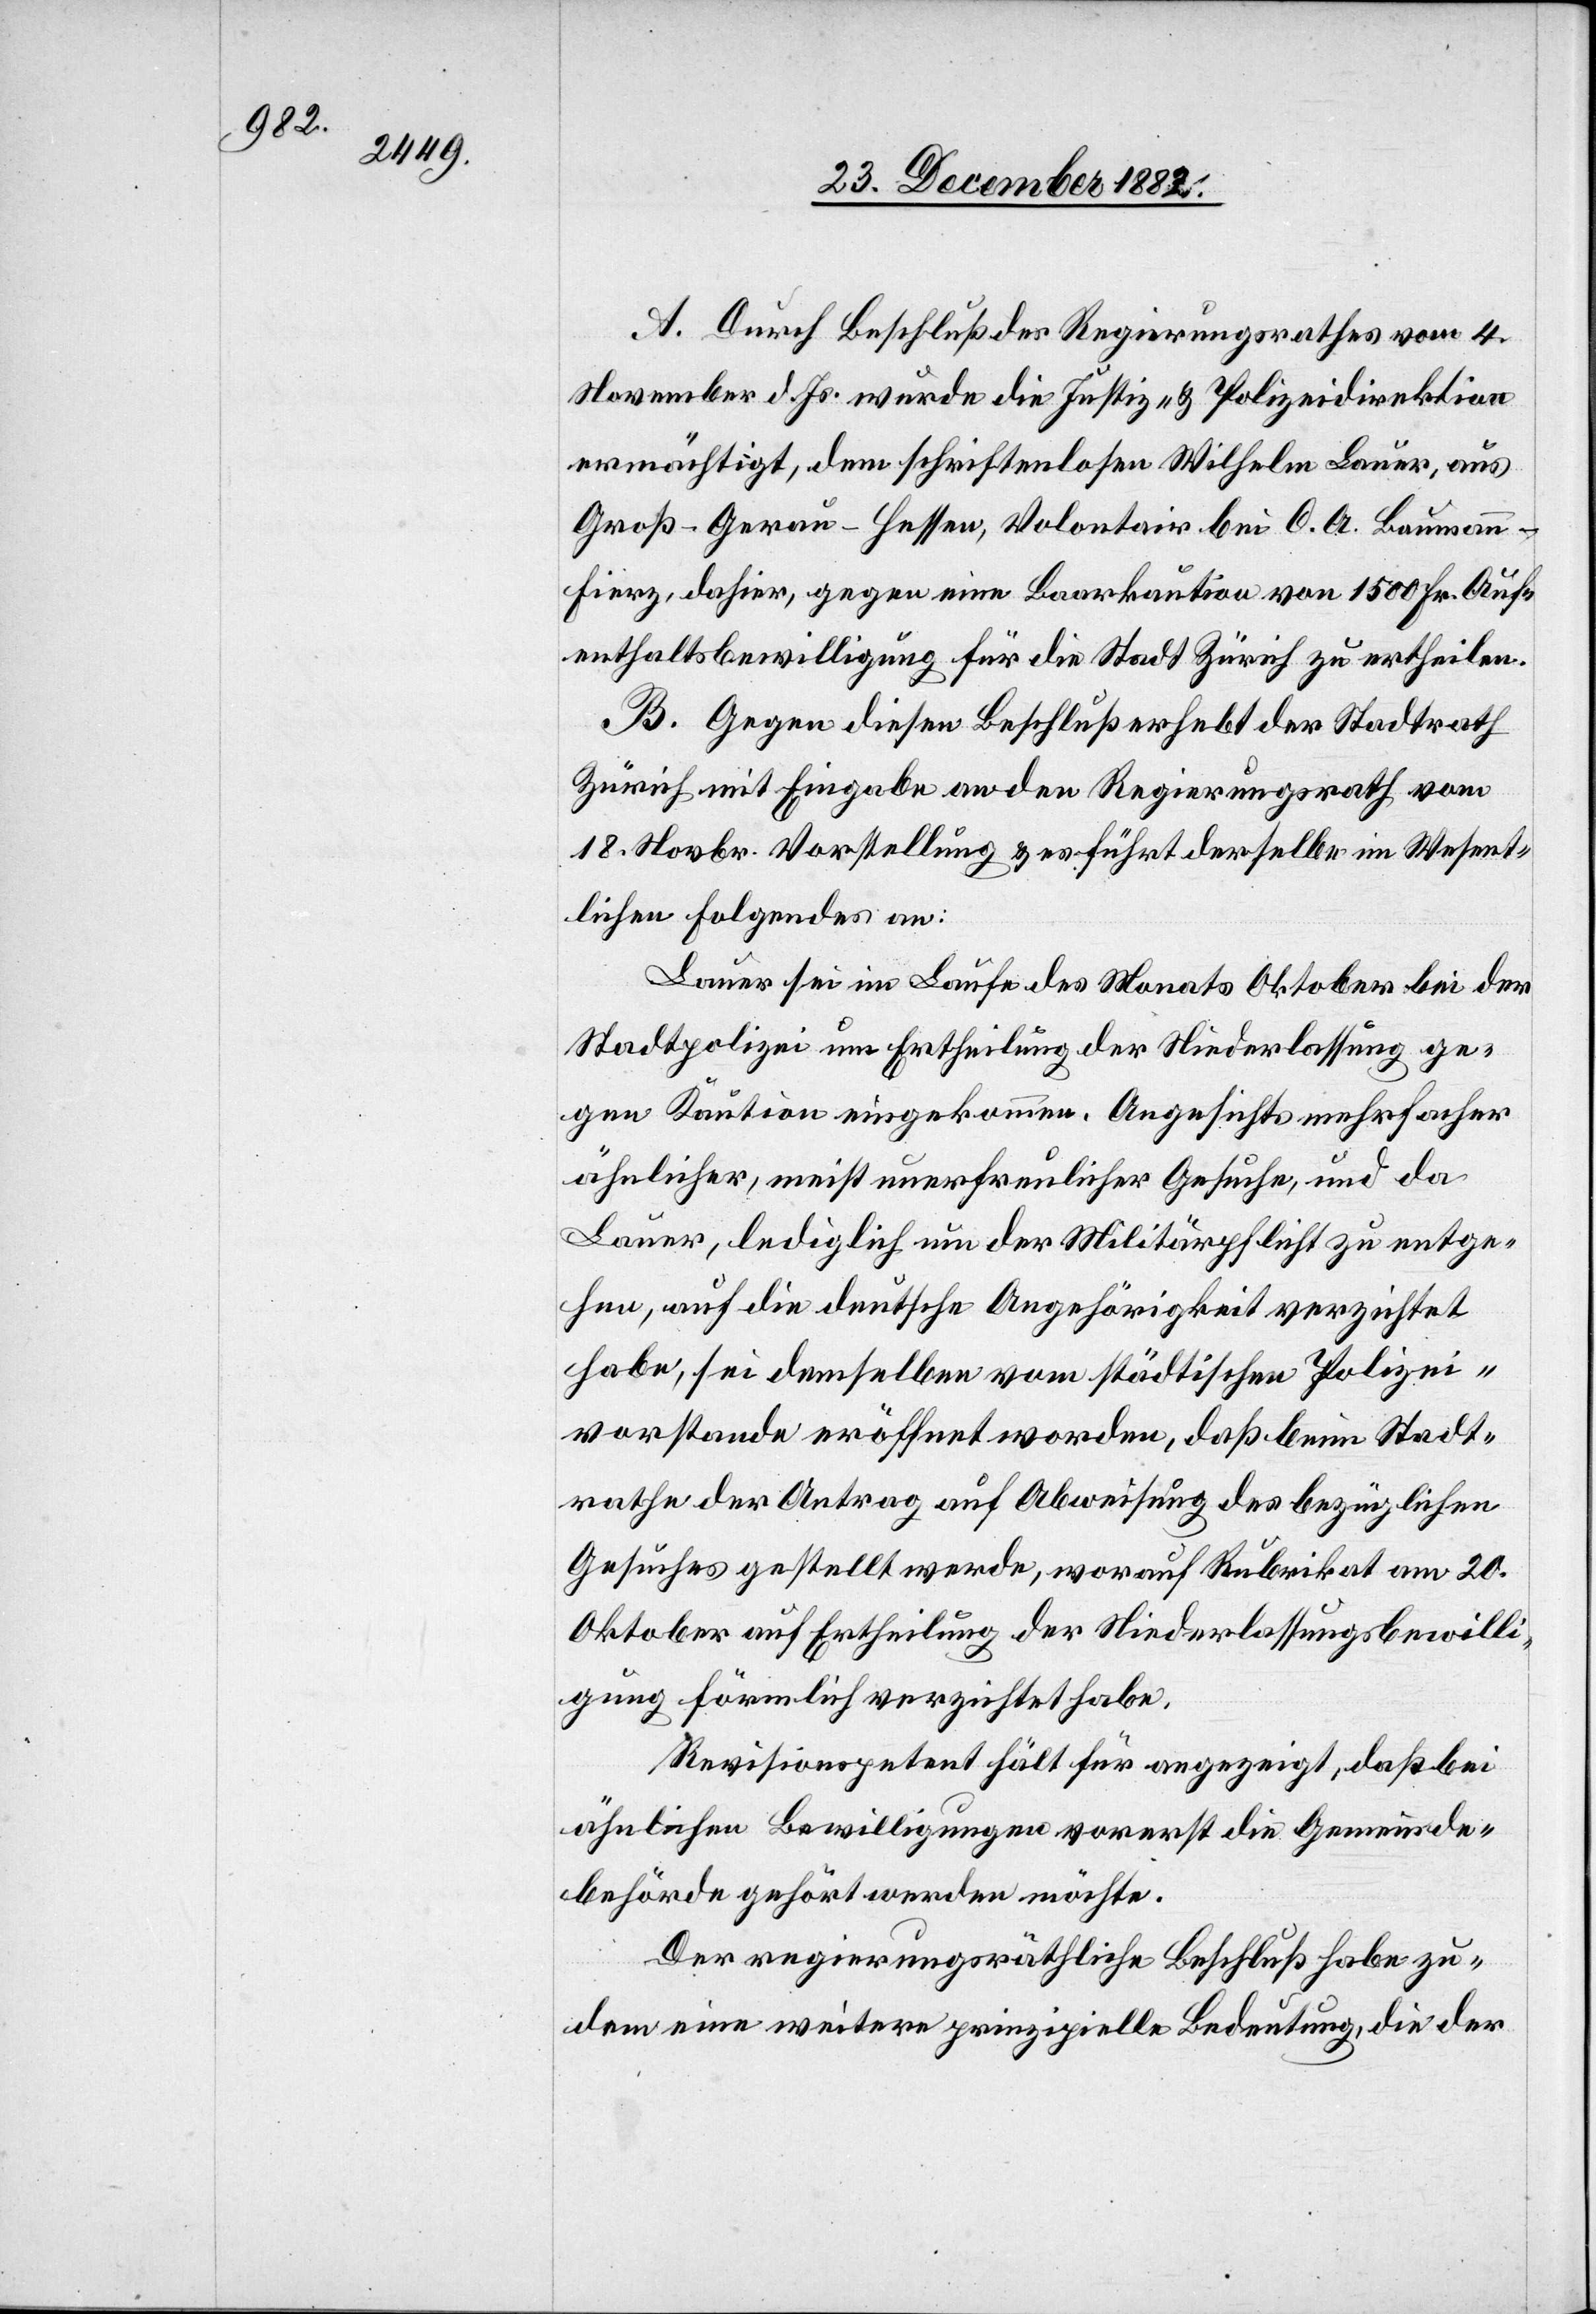
A. Durch Beschluß des Regierungsrathes vom 4.
November d. Js. wurde die Justiz- & Polizeidirektion
ermächtigt, dem schriftenlosen Wilhelm Lauer, aus
Groß-Gerau - Hessen, Volontair bei O. A. Bauman¬
n-Fierz, dahier, gegen eine Baarkaution von 1500 Fr. Auf¬
enthaltsbewilligung für die Stadt Zürich zu ertheilen.
B. Gegen diesen Beschluß erhebt der Stadtrath
Zürich mit Eingabe an den Regierungsrath vom
18. Novbr. Vorstellung & es führt derselbe im Wesent¬
lichen Folgendes an:
Lauer sei im Laufe des Monats Oktober bei der
Stadtpolizei um Ertheilung der Niederlassung ge¬
gen Kaution eingekommen. Angesichts mehrfacher
ähnlicher, meist unerfreulicher Gesuche, und da
Lauer, lediglich um der Militärpflicht zu entge¬
hen, auf die deutsche Angehörigkeit verzichtet
habe, sei demselben vom städtischen Polizei¬
vorstande eröffnet worden, daß beim Stadt¬
rathe der Antrag auf Abweisung des bezüglichen
Gesuches gestellt werde, worauf Rubrikat am 20.
Oktober auf Ertheilung der Niederlassungsbewilli¬
gung förmlich verzichtet habe.
Revisionspetent hält es für angezeigt, daß bei
ähnlichen Bewilligungen vorerst die Gemeinde¬
behörde gehört werden möchte.
Der regierungsräthliche Beschluß habe zu¬
dem eine weitere prinzipielle Bedeutung, die der